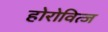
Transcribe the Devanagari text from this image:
होरोवित्ज